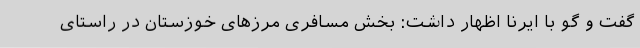
گفت و گو با ایرنا اظهار داشت: بخش مسافری مرزهای خوزستان در راستای